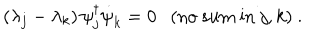
( \lambda _ { j } - \lambda _ { k } ) \, \psi _ { j } ^ { \dagger } { \dot { \psi } } _ { k } ^ { } = 0 \mathrm { ( n o ~ s u m ~ i n } ~ j , k \mathrm { ) } ~ .